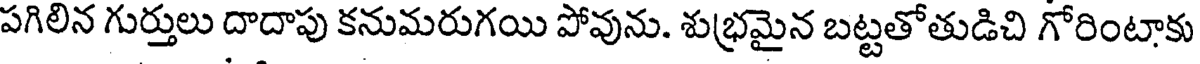
పగిలిన గుర్తులు దాదాపు కనుమరుగయి పోవును. శుభ్రమైన బట్టతోతుడిచి గోరింటాకు